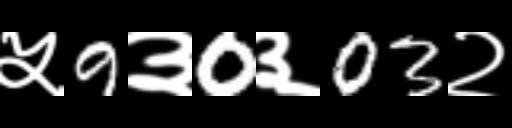
Text: ५9३0३03२